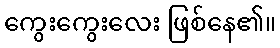
ကွေးကွေးလေး ဖြစ်နေ၏။